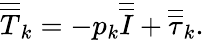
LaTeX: \overline{{\overline{{T}}}}_{k}=-p_{k}\overline{{\overline{{I}}}}+\overline{{\overline{{\tau}}}}_{k}.